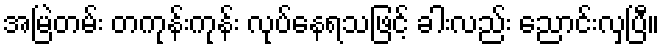
အမြဲတမ်း တကုန်းကုန်း လုပ်နေရသဖြင့် ခါးလည်း ညောင်းလှပြီ။